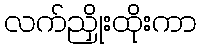
လက်ညှိုးထိုးကာ